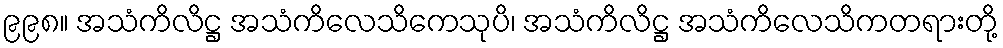
၉၉၈။ အသံကိလိဋ္ဌ အသံကိလေသိကေသုပိ၊ အသံကိလိဋ္ဌ အသံကိလေသိကတရားတို့